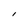
Character: l